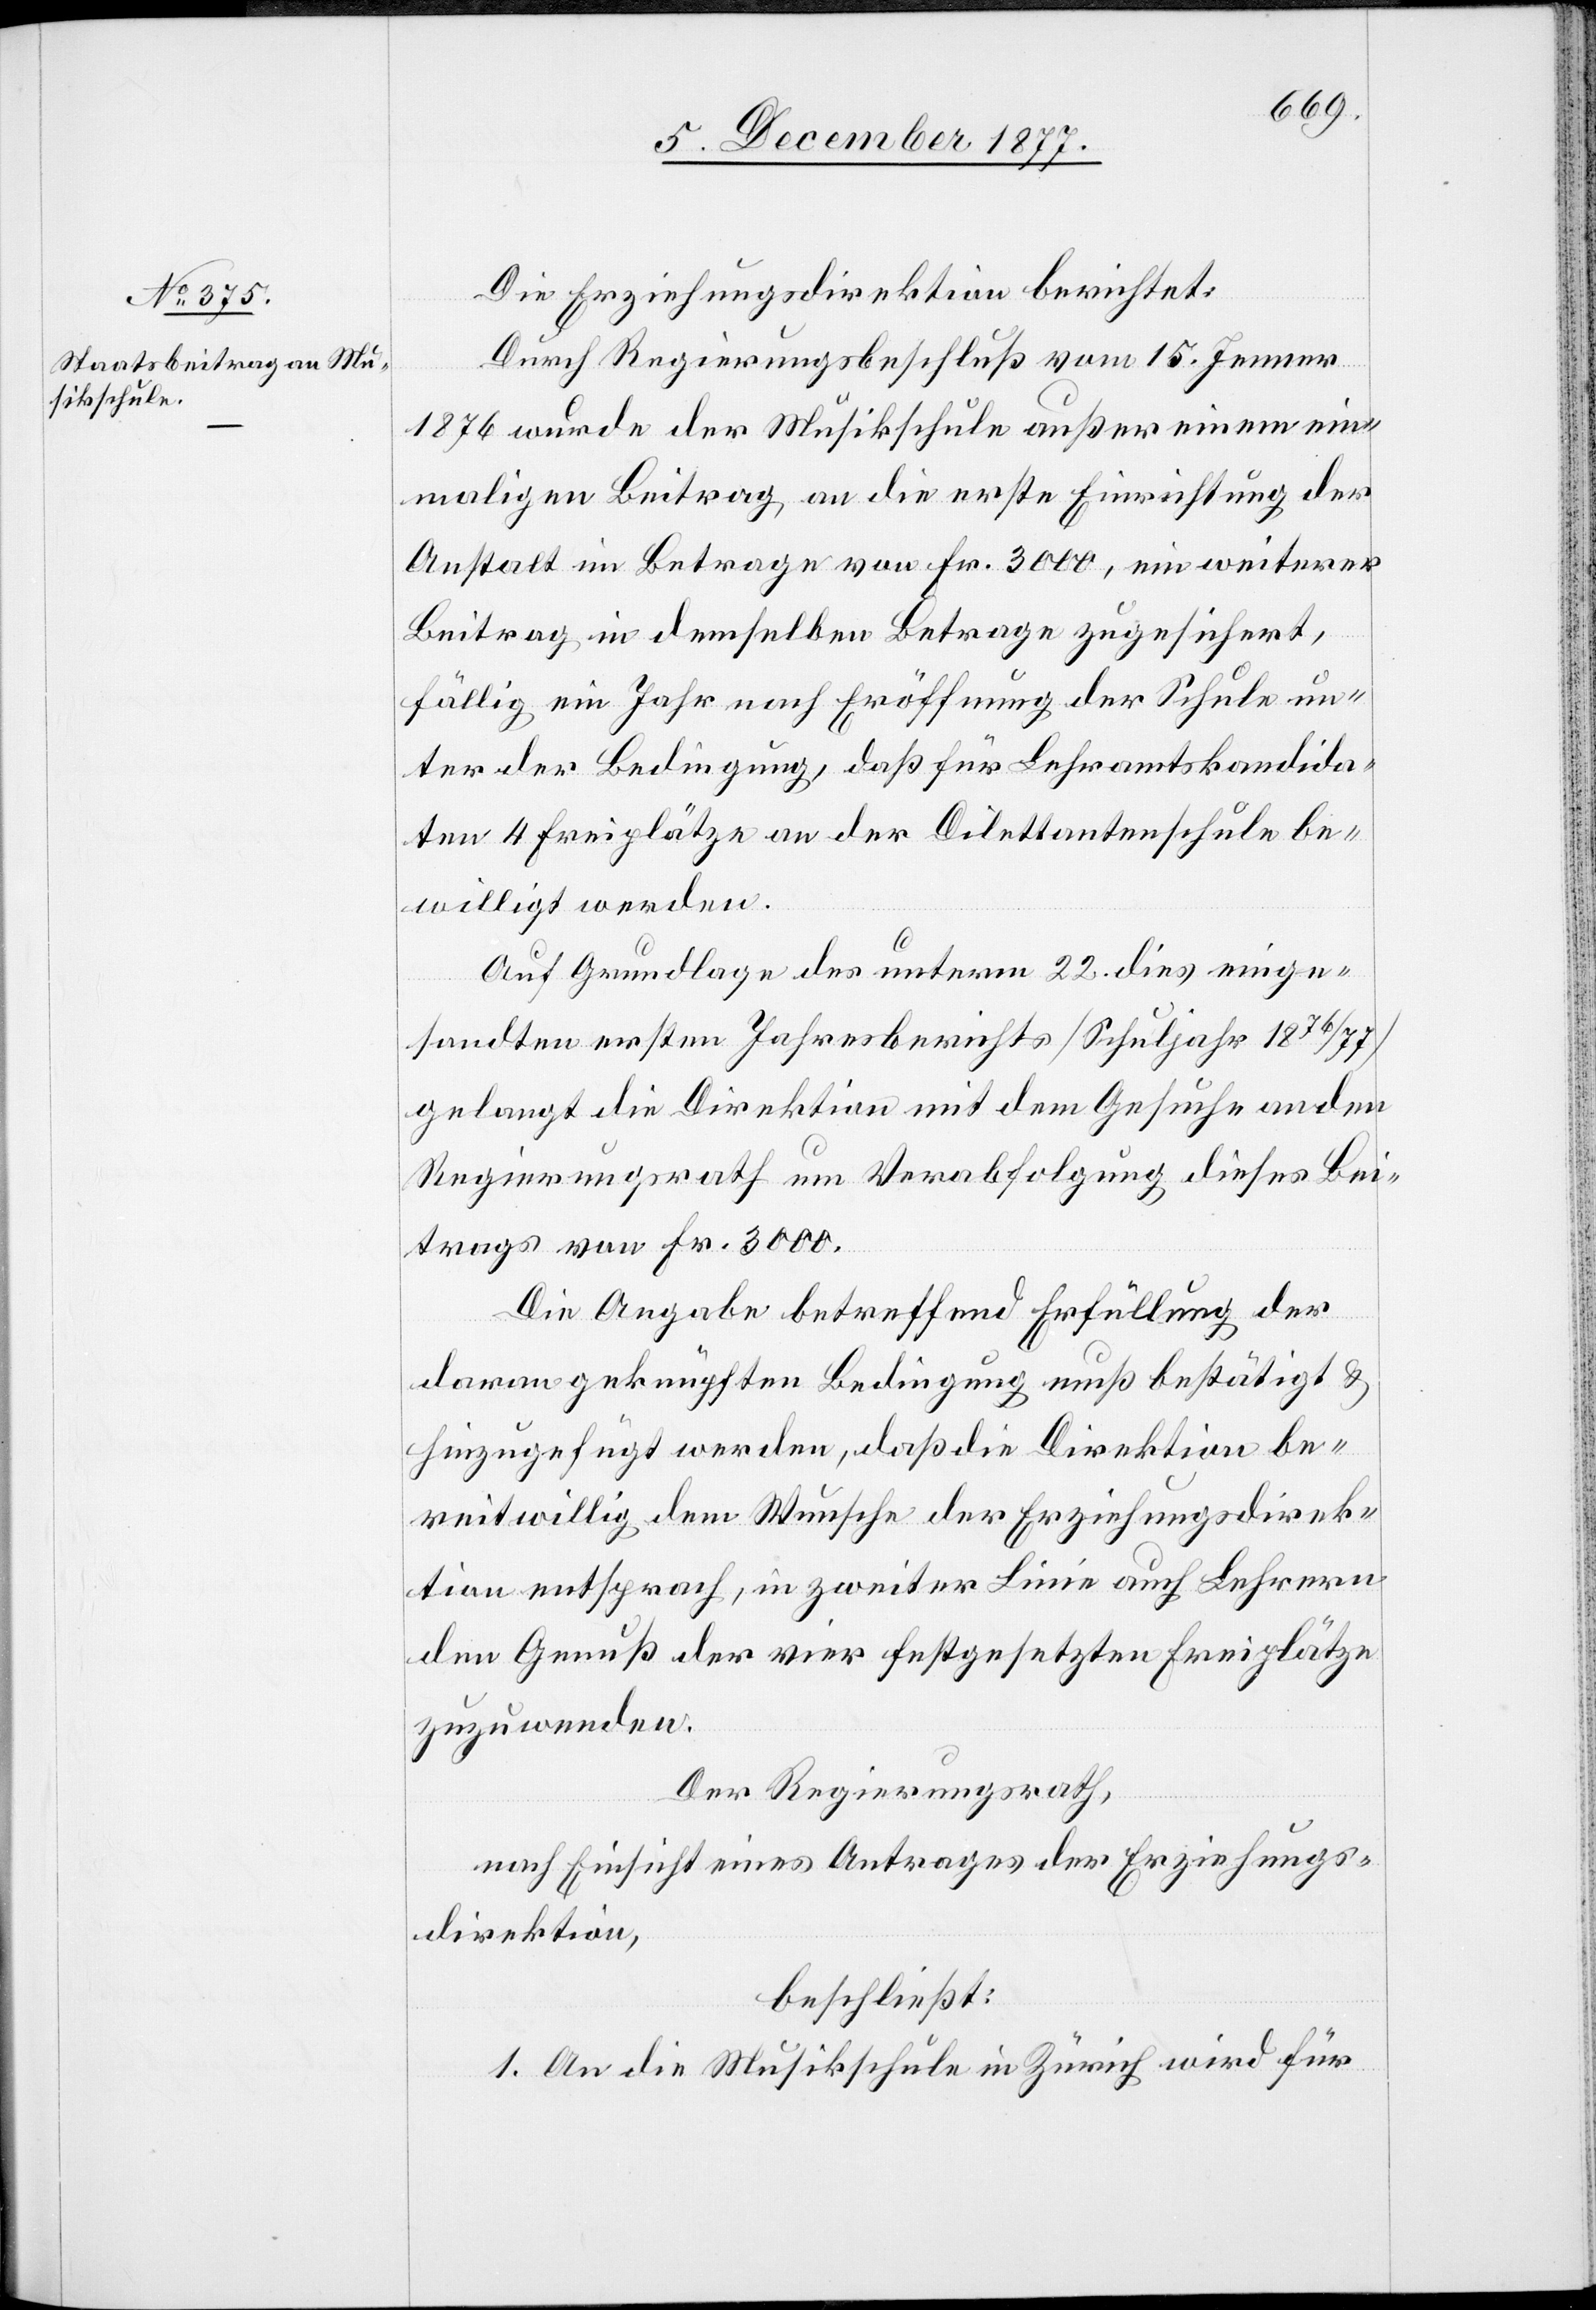
Die Erziehungsdirektion berichtet:
Durch Regierungsbeschluß vom 15. Jenner
1876 wurde der Musikschule außer einem ein¬
maligen Beitrag an die erste Einrichtung der
Anstalt im Betrage von Fr. 3000, ein weiterer
Beitrag in demselben Betrage zugesichert,
fällig ein Jahr nach Eröffnung der Schule un¬
ter der Bedingung, daß für Lehramtskandida¬
ten 4 Freiplätze an der Dilettantenschule be¬
willigt werden.
Auf Grundlage des unterm 22. dies einge¬
sandten ersten Jahresberichts [Schuljahr 1876/77]
gelangt die Direktion mit dem Gesuche an den
Regierungsrath um Verabfolgung dieses Bei¬
trags von Fr. 3000.
Die Angabe betreffend Erfüllung der
daran geknüpften Bedingung muß bestätigt &
hinzugefügt werden, daß die Direktion be¬
reitwillig dem Wunsche der Erziehungsdirek¬
tion entsprach, in zweiter Linie auch Lehrern
den Genuß der vier festgesetzten Freiplätze
zuzuwenden.
Der Regierungsrath,
nach Einsicht eines Antrages der Erziehungs¬
direktion,
beschließt:
1. An die Musikschule in Zürich wird für